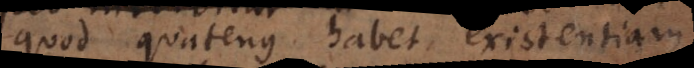
quod quatenus habet existentiam